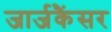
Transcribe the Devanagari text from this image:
जार्जकैंसर